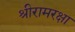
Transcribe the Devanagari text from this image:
श्रीरामरक्षा